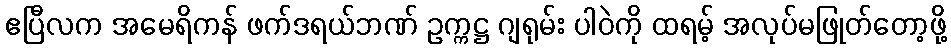
ဧပြီလက အမေရိကန် ဖက်ဒရယ်ဘဏ် ဥက္ကဋ္ဌ ဂျရုမ်း ပါဝဲကို ထရမ့် အလုပ်မဖြုတ်တော့ဖို့